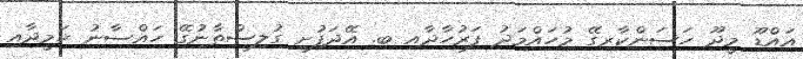
އައްޑޫ މީދޫ ހަސަންކާރިގޭ މުހައްމަދު ފަރުހާދާއި ބ. އޭދަފުށި ގުލިސްތާނުގޭ ހައްސާނު ހަމީދާއި